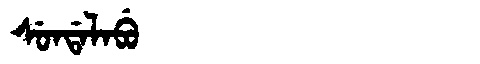
Manchu: ᠰᡠᠨᡩᠠᠯᠠᠪᡠ
Romanization: SUNDALABU